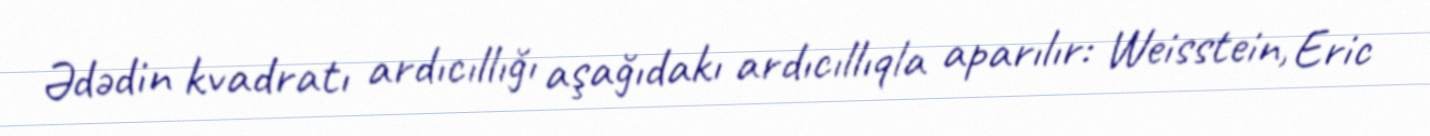
Ədədin kvadratı ardıcıllığı aşağıdakı ardıcıllıqla aparılır: Weisstein, Eric